Vaccination North-Western Provinces and Oudh 1896-1901 - 1896-1901
Year: 1896
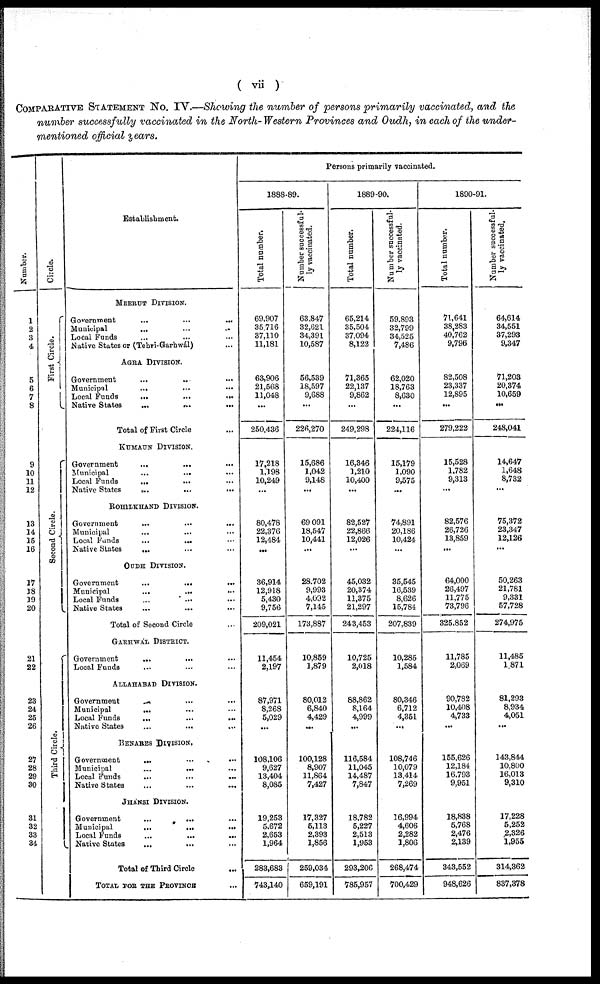
( vii )
COMPARATIVE STATEMENT No. IV.—Showing the number of persons primarily vaccinated, and the
number successfully vaccinated in the North- Western Provinces and Oudh, in each of the under-
mentioned official years.
Number.
1
2
3
4
5
6
7
8
9
10
11
12
13
14
15
16
17
18
19
20
21
22
23
24
25
26
27
28
29
30
31
32
33
34
Circle.
Fi rst Ci r cl e.
Second Circle.
Third Ci r cl e.
Establishment.
MEERUT DIVISION.
Government
...
...
...
Municipal
... ... ...
Local Funds ... ... ...
Native States or (Tehri-Garhwál) ...
AGRA DIVISION.
Government
... ... ...
Municipal
...
...
...
Local Funds
...
...
...
Native States
...
...
...
Total of First Circle ...
KUMAUN DIVISION.
Government
...
...
...
Municipal
...
... ...
Local Funds
... ... ...
Native States
... ... ...
ROHILKHAND DIVISION.
Government ... ... ...
Municipal ... ... ...
Local Funds
...
... ...
Native States
... ... ...
OUDH DIVISION.
Government
...
...
...
Municipal
...
...
...
Local Funds
...
...
...
Native States ... ... ...
Total of Second Circle ...
GARHWÁL DISTRICT.
Government
...
... ...
Local Funds ... ... ...
ALLABHBAD DIVISION.
Government
... ... ...
Municipal
... ... ...
Local Funds ... ... ...
Native States
...
... ...
BENARES DIVISION.
Government
...
Municipal
...
...
Local Funds
...
...
...
Native States ... ... ...
JHÁNSI DIVISION.
Government
...
... ...
Municipal
...
...
...
Local Funds ... ... ...
Native States
...
... ...
Total of Third Circle ...
TOTAL FOR THE PROVINCE ...
Persons primarily vaccinated.
1888-89.
Total number.
69,907
35,716
37,110
11,181
63,906
21,568
11,048
...
250,436
17,218
1,198
10,249
...
80,478
22,376
12,484
...
36,914
12,918
5,430
9,756
209,021
11,454
2,197
87,971
8,268
5,029
...
108,106
9,627
13,404
8,085
19,253
5,672
2,653
1,964
283,683
743,140
Number successful-
ly vaccinated.
63,847
32,621
34,391
10,587
56,539
18,597
9,688
...
226,270
15,686
1,042
9,148
...
69,091
18,547
10,441
...
28,702
9,993
4,092
7,145
173,887
10,859
1,879
80,012
6,840
4,429
...
100,128
8,907
11,864
7,427
17,327
5,113
2,393
1,856
259,034
659,191
1889-90.
Total number.
65,214
35,504
37,094
8,122
71,365
22,137
9,862
...
249,298
16,346
1,210
10,400
...
82,527
22,866
12,026
...
45,032
20,374
11,375
21,297
243,453
10,725
2,018
88,862
8,164
4,999
. ..
116,584
11,045
14,487
7,847
18,782
5,227
2,513
1,953
293,206
785,957
Number successful-
ly vaccinated.
59,893
32,799
34,525
7,486
62,020
18,763
8,630
...
224,116
15,179
1,090
9,575
...
74,891
20,186
10,424
...
35,545
16,539
8,626
15,784
207,839
10,285
1,584
80,346
6,712
4,351
. ..
108,746
10,079
13,414
7,269
16,994
4,606
2,282
1,806
268,474
700,429
1890-91.
Total number.
71,641
38,283
40,762
9,796
82,508
23,337
12,895
...
279,222
15,528
1,782
9,313
...
82,576
26,726
13,859
...
64,000
26,497
11,775
73,796
325,852
11,785
2,069
90,782
10,408
4,733
...
155,626
12,184
16,793
9,951
18,838
5,768
2,476
2,139
343,552
948,626
Number successful-
ly vaccinated.
64,614
34,551
37,293
9,347
71,203
20,374
10,659
...
248,041
14,647
1,648
8,732
...
75,372
23,347
12,126
...
50,263
21,781
9,331
57,728
274,975
11,485
1,871
81,293
8,934
4,051
143,844
10,800
16,013
9,310
17,228
5,252
2,326
1,955
314,362
837,378